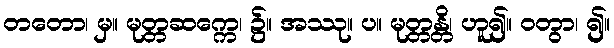
တတော၊ မှ။ မုတ္တဆက္ကေ၊ ၌။ အဿု။ ပ။ မုတ္တန္တိ၊ ဟူ၍။ ဝတွာ၊ ၍။